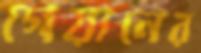
গেয়ানের